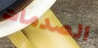
الصدمات